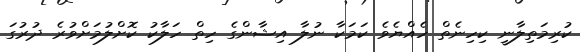
ކުރިމަތިލާނީ ކިހިނެތް ހެއްޔެވެ ކަމަކާ ނުލާ އިޝާންގެ ހިތް ހަލާކު ކޮށްލުމަށްވުރެ ދުރުގަ